Madras plague regulations and rules - Volume 2
Disease focus: Plague
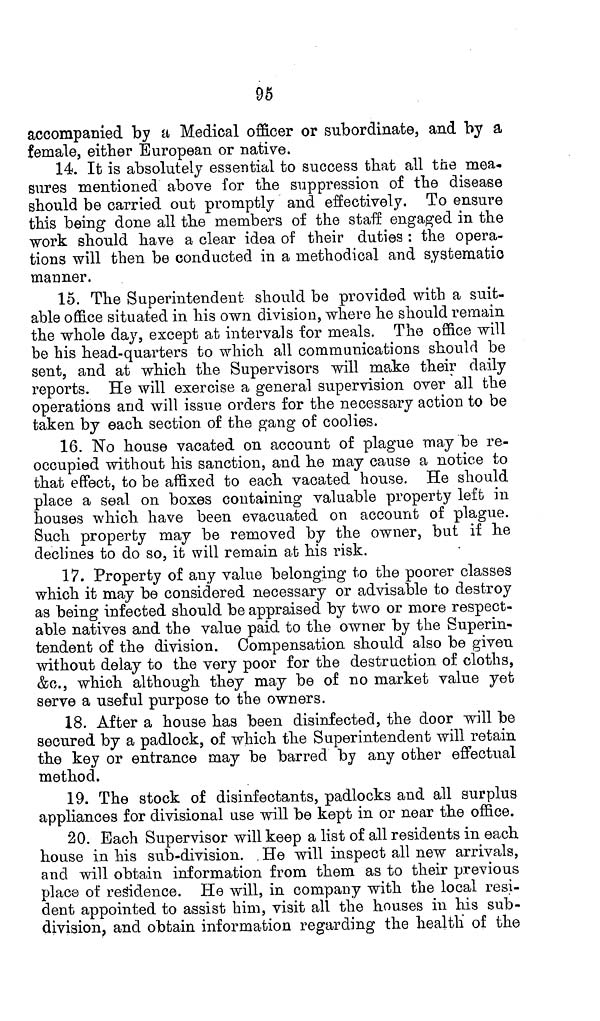
95
accompanied by a Medical officer or subordinate, and by a
female, either European or native.
14. It is absolutely essential to success that all the mea-
sures mentioned above for the suppression of the disease
should be carried out promptly and effectively. To ensure
this being done all the members of the staff engaged in the
work should have a clear idea of their duties : the opera-
tions will then be conducted in a methodical and systematic
manner.
15. The Superintendent should be provided with a suit-
able office situated in his own division, where he should remain
the whole day, except at intervals for meals. The office will
be his head-quarters to which all communications should be
sent, and at which the Supervisors will make their daily
reports. He will exercise a general supervision over all the
operations and will issue orders for the necessary action to be
taken by each section of the gang of coolies.
16. No house vacated on account of plague may be re-
occupied without his sanction, and he may cause a notice to
that effect, to be affixed to each vacated house. He should
place a seal on boxes containing valuable property left in
houses which have been evacuated on account of plague.
Such property may be removed by the owner, but if he
declines to do so, it will remain at his risk.
17. Property of any value belonging to the poorer classes
which it may be considered necessary or advisable to destroy
as being infected should be appraised by two or more respect-
able natives and the value paid to the owner by the Superin-
tendent of the division. Compensation should also be given
without delay to the very poor for the destruction of cloths,
&c., which although they may be of no market value yet
serve a useful purpose to the owners.
18. After a house has been disinfected, the door will be
secured by a padlock, of which the Superintendent will retain
the key or entrance may be barred by any other effectual
method.
19. The stock of disinfectants, padlocks and all surplus
appliances for divisional use will be kept in or near the office.
20. Each Supervisor will keep a list of all residents in each
house in his sub-division. . He will inspect all new arrivals,
and will obtain information from them as to their previous
place of residence. He will, in company with the local resi-
dent appointed to assist him, visit all the houses in his sub-
division, and obtain information regarding the health of the